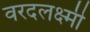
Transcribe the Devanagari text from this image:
वरदलक्ष्मी